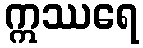
ဣဿရေ